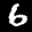
Label: 6